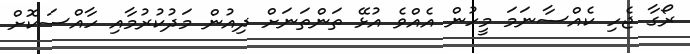
ރޯގާ ޖެހި ކެއްސާނަމަ މީހުން އެއްވެ އުޅޭ ތަންތަނަށް ދިއުން މަދުކުރުމާއި ހާއްސަކޮށް